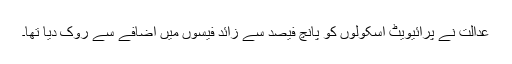
عدالت نے پرائیویٹ اسکولوں کو پانچ فیصد سے زائد فیسوں میں اضافے سے روک دیا تھا۔